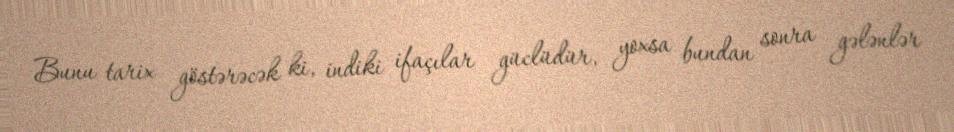
Bunu tarix göstərəcək ki, indiki ifaçılar güclüdür, yoxsa bundan sonra gələnlər